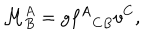
\mathcal { M } _ { B } ^ { A } = g { f ^ { A } } _ { C B } v ^ { C } ,